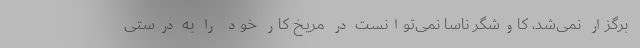
برگزار نمی‌شد، کاوشگر ناسا نمی‌توانست در مریخ کار خود را به درستی